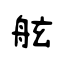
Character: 舷